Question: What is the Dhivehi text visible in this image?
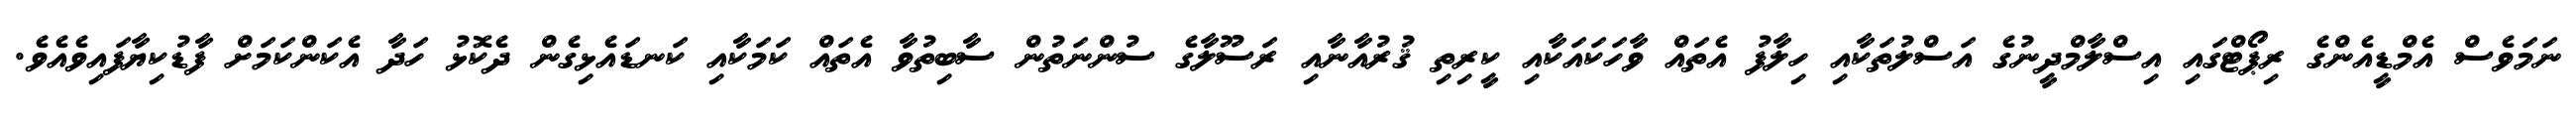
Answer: ނަމަވެސް އެމްޑީއެންގެ ރިޕޯޓްގައި އިސްލާމްދީނުގެ އަސްލުތަކާއި ހިލާފު އެތައް ވާހަކައަކާއި ކީރިތި ޤުރުއާނާއި ރަސޫލާގެ ސުންނަތުން ސާބިތުވާ އެތައް ކަމަކާއި ކަނޑައެޅިގެން ދެކޮޅު ހަދާ އެކަންކަމަށް ފާޑުކިޔާފައިވެއެވެ.